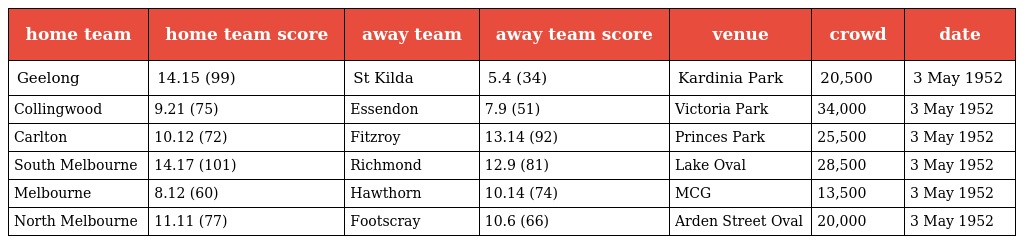
| home team | home team score | away team | away team score | venue | crowd | date |
 | --- | --- | --- | --- | --- | --- | --- |
 | Geelong | 14.15 (99) | St Kilda | 5.4 (34) | Kardinia Park | 20,500 | 3 May 1952 |
 | Collingwood | 9.21 (75) | Essendon | 7.9 (51) | Victoria Park | 34,000 | 3 May 1952 |
 | Carlton | 10.12 (72) | Fitzroy | 13.14 (92) | Princes Park | 25,500 | 3 May 1952 |
 | South Melbourne | 14.17 (101) | Richmond | 12.9 (81) | Lake Oval | 28,500 | 3 May 1952 |
 | Melbourne | 8.12 (60) | Hawthorn | 10.14 (74) | MCG | 13,500 | 3 May 1952 |
 | North Melbourne | 11.11 (77) | Footscray | 10.6 (66) | Arden Street Oval | 20,000 | 3 May 1952 |